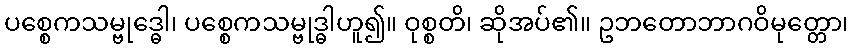
ပစ္စေကသမ္ဗုဒ္ဓေါ၊ ပစ္စေကသမ္ဗုဒ္ဓါဟူ၍။ ဝုစ္စတိ၊ ဆိုအပ်၏။ ဥဘတောဘာဂဝိမုတ္တော၊